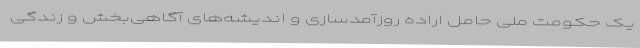
یک حکومت ملی حامل اراده روزآمدسازی و اندیشه‌های آگاهی‌بخش و زندگی